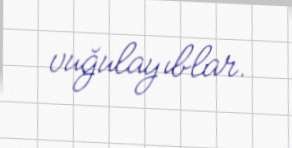
vuğulayıblar.